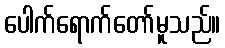
ပေါက်ရောက်တော်မူသည်။